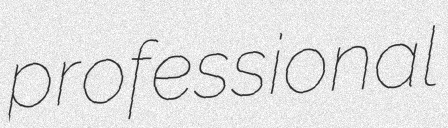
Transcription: professional